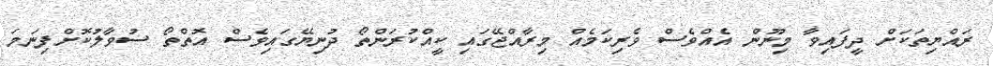
ރައްޔިތަކަށް ދީފައިވާ މިނޫން އެއްވެސް ވެރިކަމެއް މިރާއްޖޭގައި ކީއްކުރަންތޯ ދުނިޔޭގައިވެސް އޮތްތޯ ސުވާލުކޮށްފިނަމަ